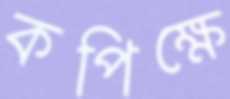
কপিক্ষে